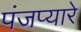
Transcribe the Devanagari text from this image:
पंजप्यारे